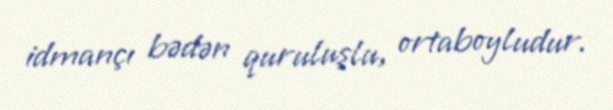
idmançı bədən quruluşlu, ortaboyludur.